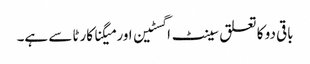
باقی دو کا تعلق سینٹ اگسٹین اور میگنا کارٹا سے ہے۔